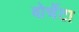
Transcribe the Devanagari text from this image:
बोर्चेटा